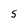
Character: 5